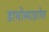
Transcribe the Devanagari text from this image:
डायोस्पाइरोस